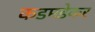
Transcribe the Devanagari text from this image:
कडमडेकर